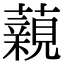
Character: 藽